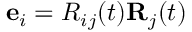
{ \bf e } _ { i } = R _ { i j } ( t ) { \bf R } _ { j } ( t )